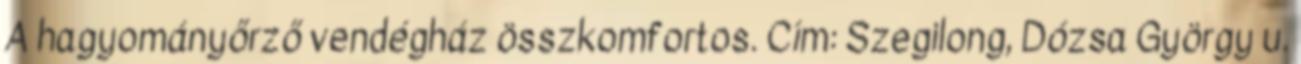
A hagyományőrző vendégház összkomfortos. Cím: Szegilong, Dózsa György u.